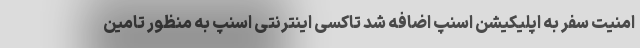
امنیت سفر به اپلیکیشن اسنپ اضافه شد تاکسی اینترنتی اسنپ به منظور تامین